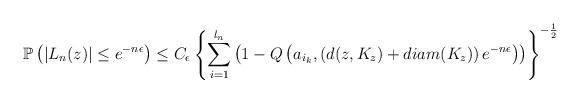
LaTeX: \begin{align*}\mathbb{P}\left(|L_n(z)|\leq e^{-n\epsilon}\right) & \leq C_\epsilon \left\{\sum_{i=1}^{l_n}\left(1-Q\left(a_{i_k},\left(d(z,K_z)+diam(K_z)\right)e^{-n\epsilon}\right)\right) \right\}^{-\frac{1}{2}}\end{align*}